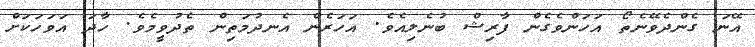
އޭނަ ގެންދެވޭނެތޯ އަހަންވެގެން ފާރިޝް ބުނެލިއެވެ. އަހަރެން އެނދުމަތިން ތެދުވީމެވެ. ހާދަ އަވަހަކަށް